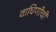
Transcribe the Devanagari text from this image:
वाघिणीची